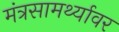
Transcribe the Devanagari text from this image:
मंत्रसामर्थ्यावर